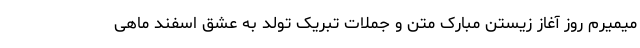
میمیرم روز آغاز زیستن مبارک متن و جملات تبریک تولد به عشق اسفند ماهی